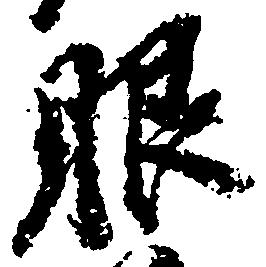
眼